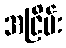
အငြိမ်း